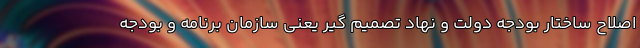
اصلاح ساختار بودجه دولت و نهاد تصمیم گیر یعنی سازمان برنامه و بودجه